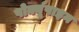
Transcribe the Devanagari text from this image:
पोर्क्यूपाइन